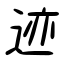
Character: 迹